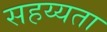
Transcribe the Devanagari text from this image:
सहय्यता